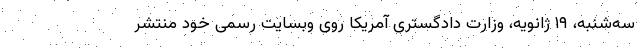
سه‌شنبه، ۱۹ ژانویه، وزارت دادگستری آمریکا روی وبسایت رسمی خود منتشر